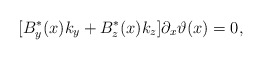
\begin{align*}[B^*_y(x)k_y + B^*_z(x)k_z ]\partial_x \vartheta(x) = 0,\end{align*}